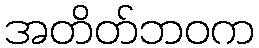
အတိတ်ဘဝက